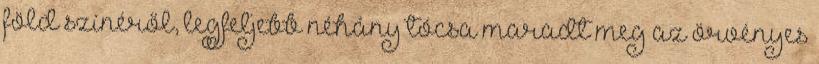
föld színéről, legfeljebb néhány tócsa maradt meg az örvényes